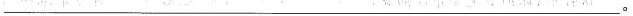
___。